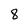
Character: 8